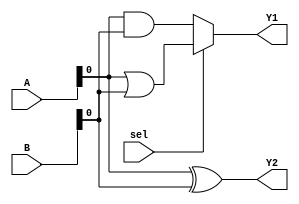
module comb_logic_overlap (
    input wire [3:0] A,          // Shared Inputs
    input wire [3:0] B,          // Shared Inputs
    input wire sel,              // Control signal for output selection
    output wire Y1,              // Output for logic function 1
    output wire Y2               // Output for logic function 2
);

    // Intermediate signals for overlapping logic functions
    wire and_result;
    wire or_result;
    wire xor_result;

    // Logic Function Grouping
    // Compute AND, OR, and XOR simultaneously
    assign and_result = A & B;    // AND function
    assign or_result  = A | B;    // OR function
    assign xor_result = A ^ B;    // XOR function

    // Multiplexing to select between different outputs based on control signal
    assign Y1 = (sel) ? or_result : and_result; // Output for logic function 1
    assign Y2 = xor_result;                       // Output for logic function 2

endmodule